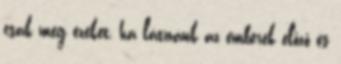
csak meg ezeket, ha látnánk az emberek előző és